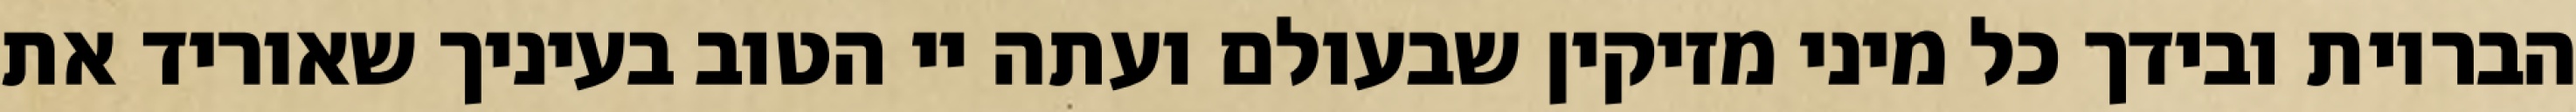
הבריות ובידך כל מיני מזיקין שבעולם ועתה יי הטוב בעיניך שאוריד את